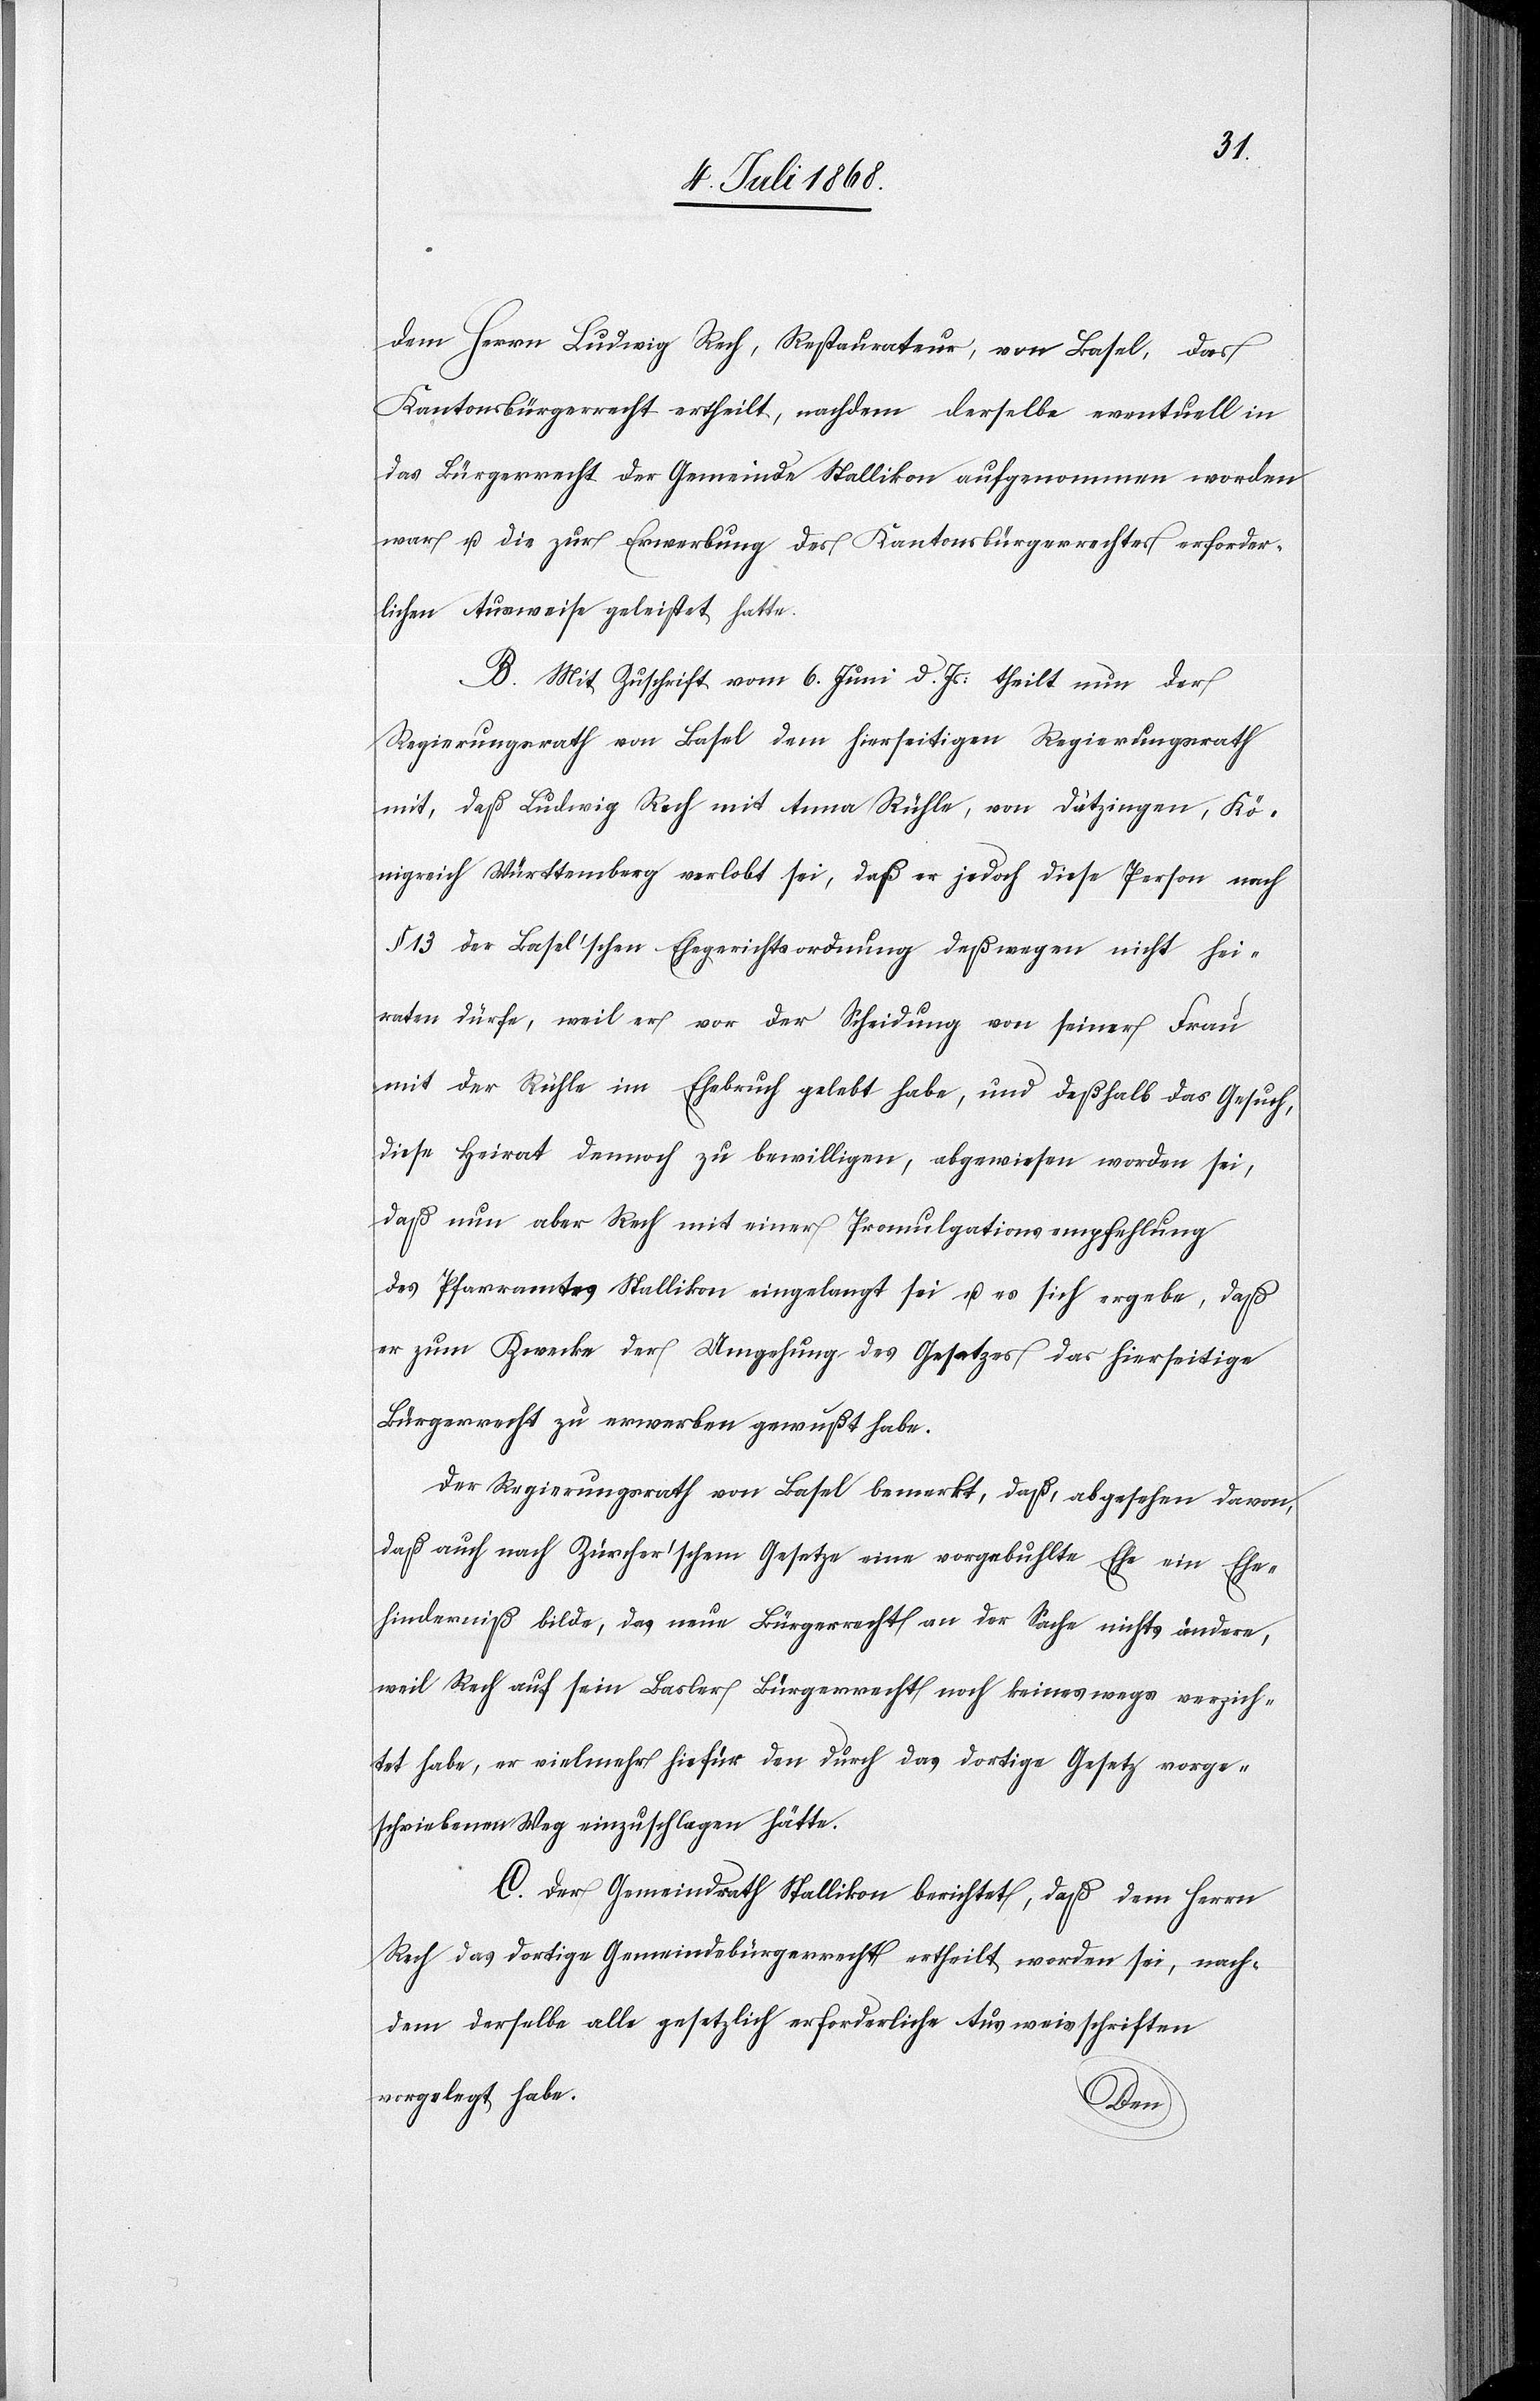
dem Herrn Ludwig Rech, Restaurateur, von Basel, das
Kantonsbürgerrecht ertheilt, nachdem derselbe eventuell in
das Bürgerrecht der Gemeinde Stallikon aufgenommen worden
war u. die zur Erwerbung des Kantonsbürgerrechtes erforder¬
lichen Ausweise geleistet hatte.
B. Mit Zuschrift vom 6. Juni d. Js. theilt nun der
Regierungsrath von Basel dem hierseitigen Regierungsrath
mit, daß Ludwig Rech mit Anna Rühle, von Dätzingen, Kö¬
nigreich Württemberg verlobt sei, daß er jedoch diese Person nach
§ 13 der Basel’schen Ehegerichtsordnung deßwegen nicht hei¬
raten dürfe, weil er vor der Scheidung von seiner Frau
mit der Rühle im Ehebruch gelebt habe, und deßhalb das Gesuch,
diese Heirat dennoch zu bewilligen, abgewiesen worden sei,
daß nun aber Rech mit einer Promulgationsempfehlung
des Pfarramtes Stallikon eingelangt sei u. es sich ergebe, daß
er zum Zwecke der Umgehung des Gesetzes das hierseitige
Bürgerrecht zu erwerben gewußt habe.
Der Regierungsrath von Basel bemerkt, daß, abgesehen davon,
daß auch nach Zürcher’schem Gesetze eine vorgebuhlte Ehe ein Ehe¬
hinderniß bilde, das neue Bürgerrecht an der Sache nichts ändere,
weil Rech auf sein Basler Bürgerrecht noch keineswegs verzich¬
tet habe, er vielmehr hiefür den durch das dortige Gesetz vorge¬
schriebenen Weg einzuschlagen hätte.
C. Der Gemeindrath Stallikon berichtet, daß dem Herrn
Rech das dortige Gemeindsbürgerrecht ertheilt worden sei, nach¬
dem derselbe alle gesetzlich erforderliche[n] Ausweisschriften
vorgelegt habe.